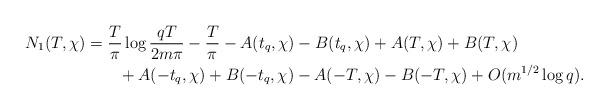
LaTeX: \begin{align*}N_1(T,\chi) &= \frac{T}{\pi} \log{\frac{qT}{2m\pi}} - \frac{T}{\pi}- A(t_q,\chi) - B(t_q,\chi) + A(T,\chi) + B(T,\chi) \\&\quad\quad+ A(-t_q,\chi) + B(-t_q,\chi) - A(-T,\chi) - B(-T,\chi) + O(m^{1/2}\log{q}).\end{align*}